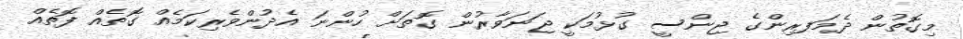
މިގޮތުން ދެމަފރިންގެ ޖިންސީ ގުޅުމަކީ ޖަނަވާރުން ގޮތަށް ހުންނަ އެދުންވެރިކަމެއް ގޮތެއް ފޮތެއް